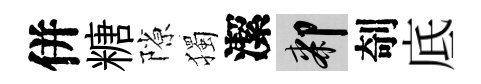
併糖隙獨潔膝剞底